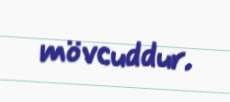
mövcuddur.